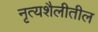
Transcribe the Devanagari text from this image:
नृत्यशैलीतील